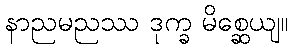
နာညမညဿ ဒုက္ခ မိစ္ဆေယျ။